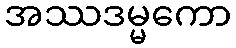
အဿဒမ္မကော